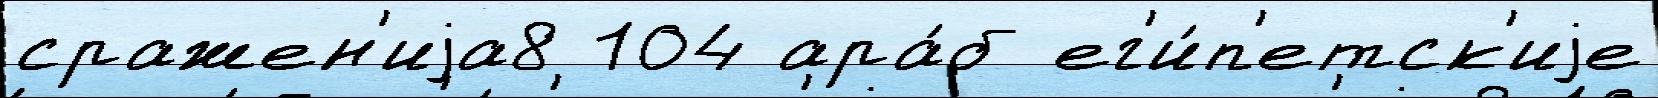
сражен'иjа8 104 ара́б ег'и́п'етск'иjе